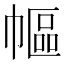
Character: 𢄠